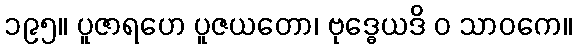
၁၉၅။ ပူဇာရဟေ ပူဇယတော၊ ဗုဒ္ဓေယဒိ ဝ သာဝကေ။